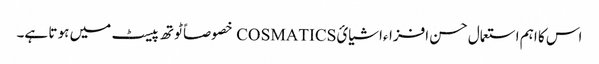
اس کا اہم استعمال حسن افزاءاشیائCOSMATICS خصوصاً ٹوتھ پیسٹ میں ہو تا ہے۔